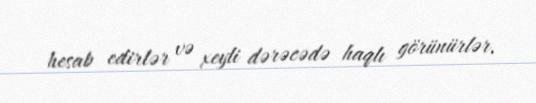
hesab edirlər və xeyli dərəcədə haqlı görünürlər.